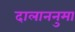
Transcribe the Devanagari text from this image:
दालाननुमा